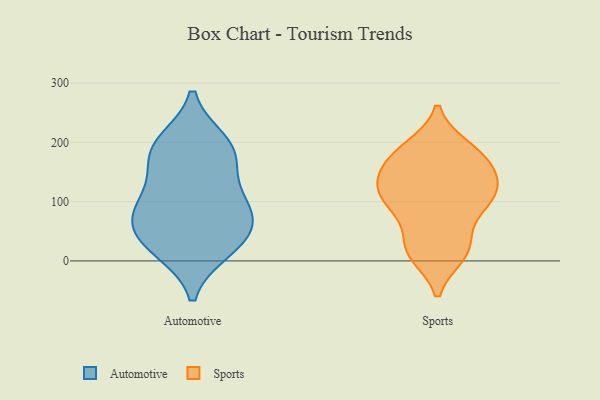
{"axis": {"x": "Tickets Resolved", "y": "Value"}, "legend": ["Automotive", "Sports"], "data": [{"x": "", "y": 167, "type": "Automotive"}, {"x": "", "y": 29, "type": "Automotive"}, {"x": "", "y": 31, "type": "Automotive"}, {"x": "", "y": 77, "type": "Automotive"}, {"x": "", "y": 68, "type": "Automotive"}, {"x": "", "y": 200, "type": "Automotive"}, {"x": "", "y": 113, "type": "Automotive"}, {"x": "", "y": 104, "type": "Automotive"}, {"x": "", "y": 193, "type": "Automotive"}, {"x": "", "y": 71, "type": "Automotive"}, {"x": "", "y": 19, "type": "Automotive"}, {"x": "", "y": 182, "type": "Automotive"}, {"x": "", "y": 21, "type": "Sports"}, {"x": "", "y": 108, "type": "Sports"}, {"x": "", "y": 87, "type": "Sports"}, {"x": "", "y": 11, "type": "Sports"}, {"x": "", "y": 177, "type": "Sports"}, {"x": "", "y": 155, "type": "Sports"}, {"x": "", "y": 107, "type": "Sports"}, {"x": "", "y": 127, "type": "Sports"}, {"x": "", "y": 140, "type": "Sports"}, {"x": "", "y": 184, "type": "Sports"}, {"x": "", "y": 90, "type": "Sports"}, {"x": "", "y": 14, "type": "Sports"}, {"x": "", "y": 191, "type": "Sports"}, {"x": "", "y": 107, "type": "Sports"}, {"x": "", "y": 44, "type": "Sports"}, {"x": "", "y": 153, "type": "Sports"}, {"x": "", "y": 146, "type": "Sports"}, {"x": "", "y": 189, "type": "Sports"}, {"x": "", "y": 107, "type": "Sports"}, {"x": "", "y": 16, "type": "Sports"}]}